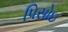
પિસોઇ